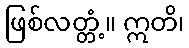
ဖြစ်လတ္တံ့။ ဣတိ၊